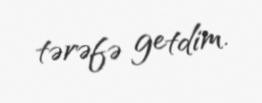
tərəfə getdim.